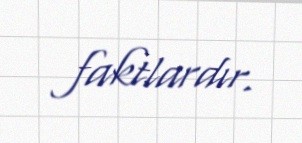
faktlardır.